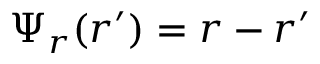
\Psi _ { r } ( r ^ { \prime } ) = r - r ^ { \prime }